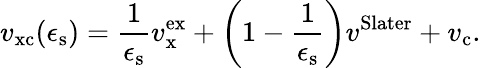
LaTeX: v_{\mathrm{xc}}(\epsilon_{\mathrm{s}})=\frac{1}{\epsilon_{\mathrm{s}}}v_{\mathrm{x}}^{\mathrm{ex}}+\left(1-\frac{1}{\epsilon_{\mathrm{s}}}\right)v^{\mathrm{Slater}}+v_{\mathrm{c}}.